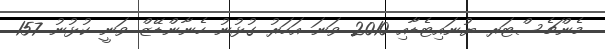
މެންޗެސްޓަރ ޔުނައިޓެޑާއި 2010 ވަނަ އަހަރު ގުޅުނު ހެނާންޑޭޒް ވަނީ ކުޅުނު 157